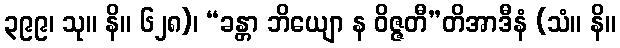
၃၉၉၊ သု။ နိ။ ၆၂၈)၊ “ခန္တာ ဘိယျော န ဝိဇ္ဇတီ”တိအာဒီနံ (သံ။ နိ။